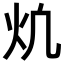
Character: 𪸎